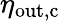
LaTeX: \eta_{\mathrm{out,c}}